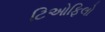
ટિઓફિલો